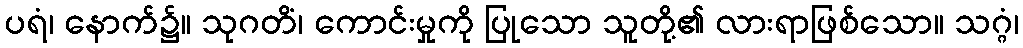
ပရံ၊ နောက်၌။ သုဂတိံ၊ ကောင်းမှုကို ပြုသော သူတို့၏ လားရာဖြစ်သော။ သဂ္ဂံ၊